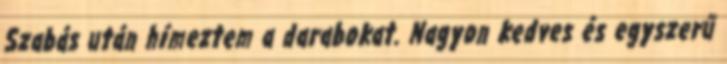
Szabás után hímeztem a darabokat. Nagyon kedves és egyszerű